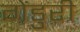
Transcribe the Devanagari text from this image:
गेंडुरी